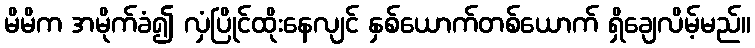
မိမိက အမိုက်ခံ၍ လှံပြိုင်ထိုးနေလျင် နှစ်ယောက်တစ်ယောက် ရှိချေလိမ့်မည်။